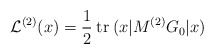
\begin{align*}{\cal L}^{(2)}(x)=\frac 12\:\hbox{tr}\:(x\vert M^{(2)}G_0\vert x)\end{align*}